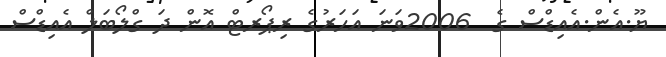
ޔޫ.އެން.އެއިޑްސް ގެ  2006ވަނަ އަހަރުގެ ރިޕޯރޓް އޮން ދަ ގްލޯބަލް އެއިޑްސް